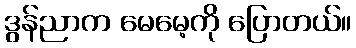
ဒွန်ညာက မေမေ့ကို ပြောတယ်။